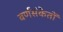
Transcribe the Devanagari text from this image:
वर्णसंकेतों